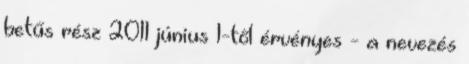
betűs rész 2011 június 1-től érvényes - a nevezés